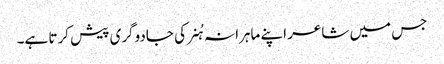
جس میں شاعر اپنے ماہرانہ ہُنر کی جادوگری پیش کرتا ہے۔